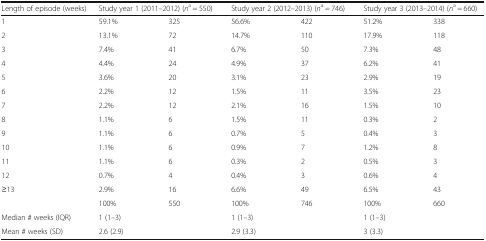
| Length of episode (weeks) | <COLSPAN=2> Study year 1 (2011–2012) (na = 550) | <COLSPAN=2> Study year 2 (2012–2013) (na = 746) | <COLSPAN=2> Study year 3 (2013–2014) (na = 660) |
 | --- | --- | --- | --- | --- | --- | --- |
 | 1 | 59.1% | 325 | 56.6% | 422 | 51.2% | 338 |
 | 2 | 13.1% | 72 | 14.7% | 110 | 17.9% | 118 |
 | 3 | 7.4% | 41 | 6.7% | 50 | 7.3% | 48 |
 | 4 | 4.4% | 24 | 4.9% | 37 | 6.2% | 41 |
 | 5 | 3.6% | 20 | 3.1% | 23 | 2.9% | 19 |
 | 6 | 2.2% | 12 | 1.5% | 11 | 3.5% | 23 |
 | 7 | 2.2% | 12 | 2.1% | 16 | 1.5% | 10 |
 | 8 | 1.1% | 6 | 1.5% | 11 | 0.3% | 2 |
 | 9 | 1.1% | 6 | 0.7% | 5 | 0.4% | 3 |
 | 10 | 1.1% | 6 | 0.9% | 7 | 1.2% | 8 |
 | 11 | 1.1% | 6 | 0.3% | 2 | 0.5% | 3 |
 | 12 | 0.7% | 4 | 0.4% | 3 | 0.6% | 4 |
 | ≥13 | 2.9% | 16 | 6.6% | 49 | 6.5% | 43 |
 |  | 100% | 550 | 100% | 746 | 100% | 660 |
 | Median # weeks (IQR) | <COLSPAN=2> 1 (1–3) | <COLSPAN=2> 1 (1–3) | <COLSPAN=2> 1 (1–3) |
 | Mean # weeks (SD) | <COLSPAN=2> 2.6 (2.9) | <COLSPAN=2> 2.9 (3.3) | <COLSPAN=2> 3 (3.3) |